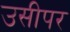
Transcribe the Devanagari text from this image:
उसीपर